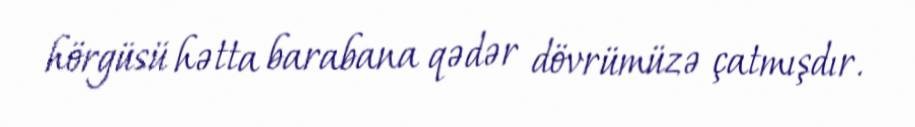
hörgüsü hətta barabana qədər dövrümüzə çatmışdır.